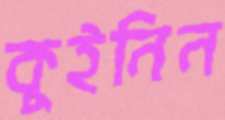
কুইনিন